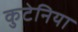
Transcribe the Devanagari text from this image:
कुटेनिया